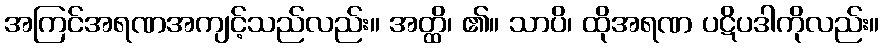
အကြင်အရဏအကျင့်သည်လည်း။ အတ္ထိ၊ ၏။ သာပိ၊ ထိုအရဏ ပဋိပဒါကိုလည်း။